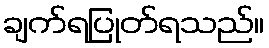
ချက်ရပြုတ်ရသည်။